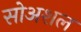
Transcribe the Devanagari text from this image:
सोअशल